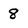
Character: 8